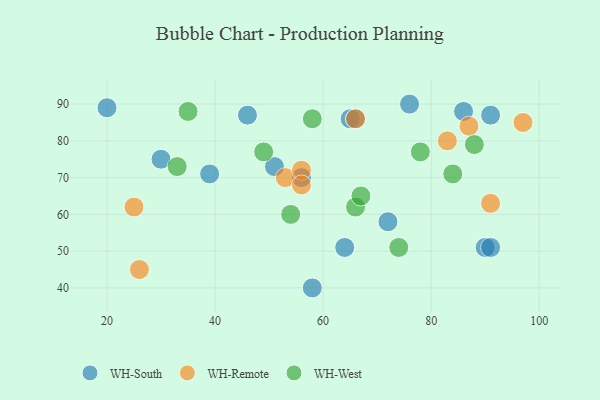
{"axis": {"x": "GDP", "y": "Life Expectancy"}, "legend": ["WH-Remote", "WH-South", "WH-West"], "data": [{"x": "72", "y": 58, "type": "WH-South"}, {"x": "30", "y": 75, "type": "WH-South"}, {"x": "64", "y": 51, "type": "WH-South"}, {"x": "58", "y": 40, "type": "WH-South"}, {"x": "65", "y": 86, "type": "WH-South"}, {"x": "51", "y": 73, "type": "WH-South"}, {"x": "76", "y": 90, "type": "WH-South"}, {"x": "91", "y": 87, "type": "WH-South"}, {"x": "56", "y": 70, "type": "WH-South"}, {"x": "66", "y": 86, "type": "WH-South"}, {"x": "90", "y": 51, "type": "WH-South"}, {"x": "91", "y": 51, "type": "WH-South"}, {"x": "39", "y": 71, "type": "WH-South"}, {"x": "86", "y": 88, "type": "WH-South"}, {"x": "20", "y": 89, "type": "WH-South"}, {"x": "46", "y": 87, "type": "WH-South"}, {"x": "26", "y": 45, "type": "WH-Remote"}, {"x": "53", "y": 70, "type": "WH-Remote"}, {"x": "56", "y": 72, "type": "WH-Remote"}, {"x": "66", "y": 86, "type": "WH-Remote"}, {"x": "91", "y": 63, "type": "WH-Remote"}, {"x": "56", "y": 68, "type": "WH-Remote"}, {"x": "25", "y": 62, "type": "WH-Remote"}, {"x": "97", "y": 85, "type": "WH-Remote"}, {"x": "87", "y": 84, "type": "WH-Remote"}, {"x": "83", "y": 80, "type": "WH-Remote"}, {"x": "33", "y": 73, "type": "WH-West"}, {"x": "58", "y": 86, "type": "WH-West"}, {"x": "84", "y": 71, "type": "WH-West"}, {"x": "66", "y": 62, "type": "WH-West"}, {"x": "35", "y": 88, "type": "WH-West"}, {"x": "88", "y": 79, "type": "WH-West"}, {"x": "74", "y": 51, "type": "WH-West"}, {"x": "49", "y": 77, "type": "WH-West"}, {"x": "67", "y": 65, "type": "WH-West"}, {"x": "78", "y": 77, "type": "WH-West"}, {"x": "54", "y": 60, "type": "WH-West"}]}